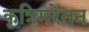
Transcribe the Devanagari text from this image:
कृत्रिमरेतन